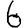
Digit: 6